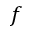
f